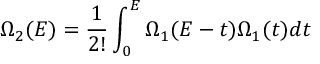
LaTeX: \Omega _ { 2 } ( E ) = \frac { 1 } { 2 ! } \int _ { 0 } ^ { E } \Omega _ { 1 } ( E - t ) \Omega _ { 1 } ( t ) d t